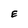
Character: E